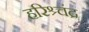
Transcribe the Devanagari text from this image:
हरिश्र्चंद्र